Annual report on the working of the lock hospitals in the North-Western Provinces and Oudh
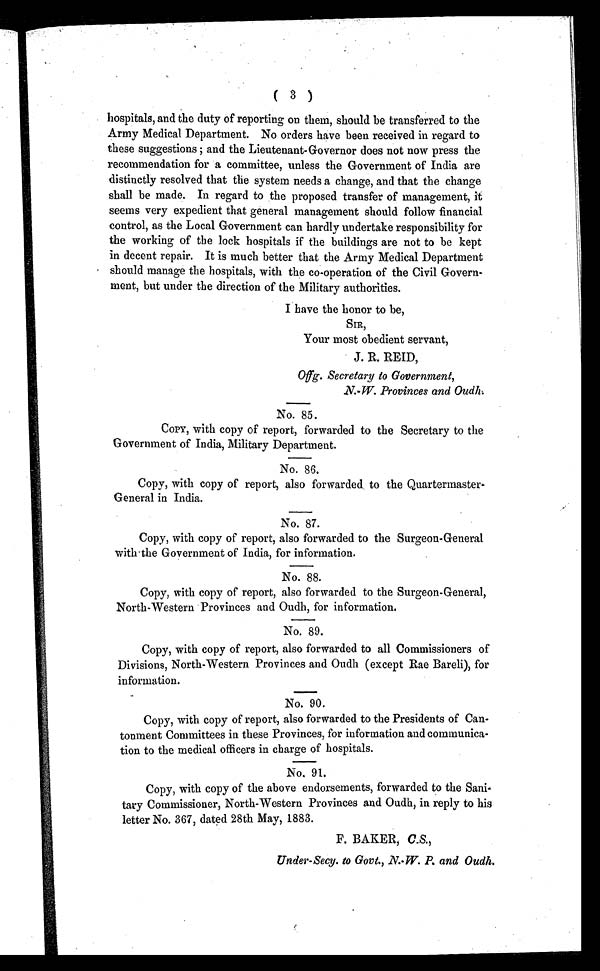
( 3 )
hospitals, and the duty of reporting on them, should be transferred to the
Army Medical Department. No orders have been received in regard to
these suggestions ; and the Lieutenant-Governor does not now press the
recommendation for a committee, unless the Government of India are
distinctly resolved that the system needs a change, and that the change
shall be made. In regard to the proposed transfer of management, it
seems very expedient that general management should follow financial
control, as the Local Government can hardly undertake responsibility for
the working of the lock hospitals if the buildings are not to be kept
in decent repair. It is much better that the Army Medical Department
should manage the hospitals, with the co-operation of the Civil Govern-
ment, but under the direction of the Military authorities.
I have the honor to be,
SIR,
Your most obedient servant,
J. R. REID,
Offg. Secretary to Government,
No. 85.
COPY, with copy of report, forwarded to the Secretary to the
Government of India, Military Department.
No. 86.
Copy, with copy of report, also forwarded, to the Quartermaster-
General in India.
No. 87.
Copy, with copy of report, also forwarded to the Surgeon-General
with the Government of India, for information.
No. 88.
Copy, with copy of report, also forwarded to the Surgeon-General,
North-Western Provinces and Oudh, for information.
No. 89.
Copy, with copy of report, also forwarded to all Commissioners of
Divisions, North-Western Provinces and Oudh (except Rae Bareli), for
information.
No. 90.
Copy, with copy of report, also forwarded to the Presidents of Can-
tonment Committees in these Provinces, for information and communica-
tion to the medical officers in charge of hospitals.
No. 91.
Copy, with copy of the above endorsements, forwarded to the Sani
-
tary Commissioner, North-Western Provinces and Oudh, in reply to his
letter No. 367, dated 28th May, 1883.
F. BAKER, C.S.,
Under-Secy. to Govt., 1V.-W. P. and Oudh.